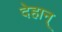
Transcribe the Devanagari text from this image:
देहान्